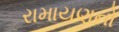
રામાયણનો